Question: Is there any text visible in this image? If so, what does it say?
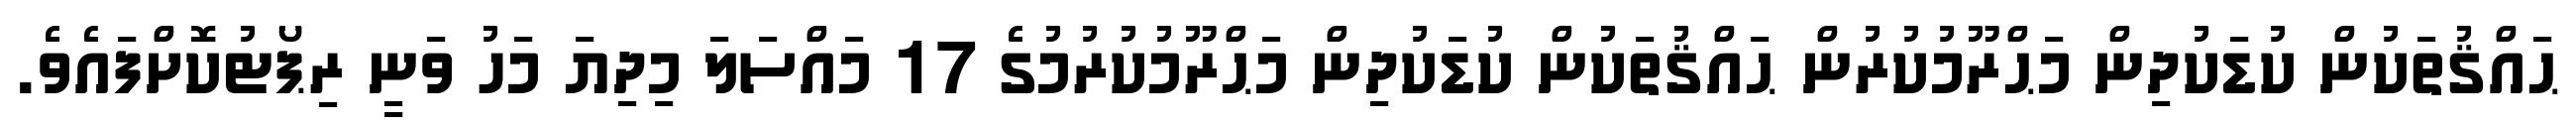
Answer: ޙައްޤުތަކުން ކުޑަކުދިން މަޙްރޫމުކުރުން ޙައްޤުތަކުން ކުޑަކުދިން މަޙްރޫމުކުރުމުގެ 17 މައްސަލަ މިދިޔަ މަހު ވަނީ ރިޕޯޓުކޮށްފައެވެ.